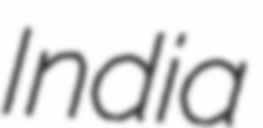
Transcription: India